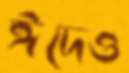
ঈদেও